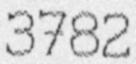
3782